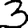
Digit: 3